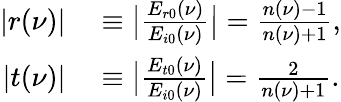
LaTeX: \begin{array}{rl}{|r(\nu)|}&{{}\equiv\big|\frac{E_{r0}(\nu)}{E_{i0}(\nu)}\big|=\frac{n(\nu)-1}{n(\nu)+1},}\\ {|t(\nu)|}&{{}\equiv\big|\frac{E_{t0}(\nu)}{E_{i0}(\nu)}\big|=\frac{2}{n(\nu)+1}.}\end{array}